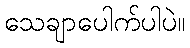
သေချာပေါက်ပါပဲ။